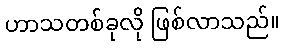
ဟာသတစ်ခုလို ဖြစ်လာသည်။